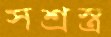
সশ্রস্ত্র